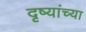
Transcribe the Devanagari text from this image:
दृष्यांच्या